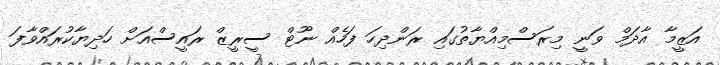
އަޒީމާ އާދަމް ވަނީ މިރަސްމިއްޔާތުގައި ރަންދިހަ ފަހެއް ނޫޓް ސީރީޒް ރައީސްއަށް ހަދިޔާކުރައްވާފަ